Annual report of lunatic asylums [Bombay] - 1912-1922
Year: 1912
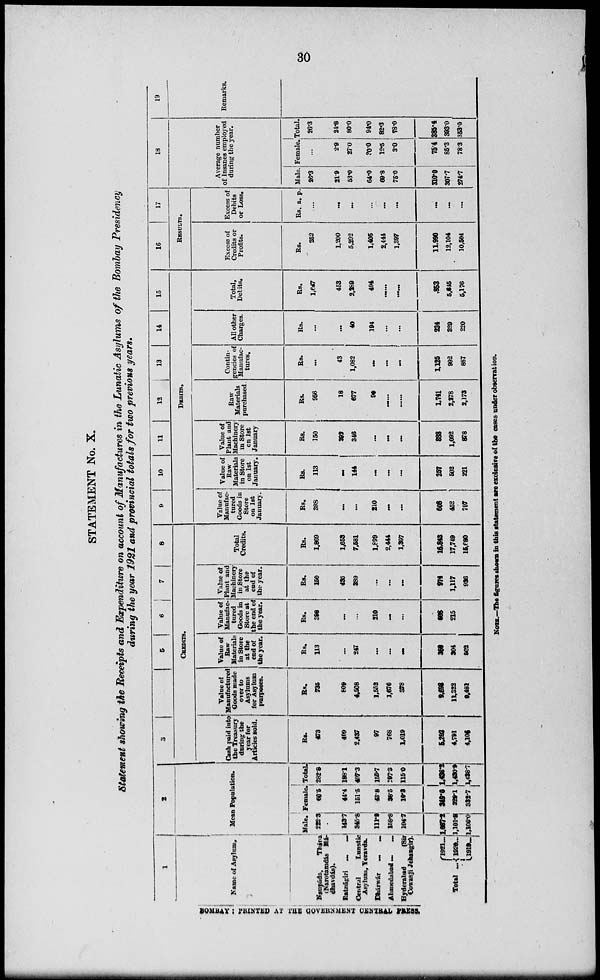
30
STATEMENT No. X.
Statement showing the Receipts and Expenditure on account of Manufactures in the Lunatic Asylums of the Bombay Presidency
during the year 1921 and provincial totals for two previous years.
1
Name of Asylum.
Naupáda,
Thána
(Narotamdás Má-
dhavdás).
Ratnágiri ... ...
Central
Lunatic
Asylum, Yeravda.
Dhárwár ... ...
Ahmedabad ... ...
Hyderabad
(Sir
Cowasji Jehangir).
Total ...
1921 ...
1920 ...
1919 ...
2
Mean Population.
Male.
222.3
143.7
345.8
111.9
158.8
104.7
1.687
1,101.9
1,106.0
Female.
60.5
44.4
151.5
43.8
38.5
10.2
349.0
329.1
332.7
Total.
282.8
188.1
497.3
155.7
197.3
115.0
1,436.2
1,430.9
1,438.7
3
5
6 7
8
CREDITS.
Cash paid into
the Treasury
during the
year for
Articles sold.
Rs.
473
409
2.437
97
768
1,019
5,203
4,791
4,106
Value of
Manufactured
Goods made
over to
Asylums
for Asylum
purposes.
Rs.
735
809
4,508
1,552
1,676
378
9,696
11,322
9,481
Value of
Raw
Materials
in Store
at the
end of
the year.
Rs.
113
...
247
...
...
...
368
304
502
Value of
Manufac-
tured
Goods in
Store at
the end of
the year.
Rs.
398
...
...
210
...
...
588
215
Value of
Plant and
Machinery
in Store
at the
end of
the year.
Rs.
150
435
389
...
...
...
974
1,117
936
Total
Credits.
Rs.
1,869
1,653
7,581
1,889
2,444
1,397
16,843
17,749
15,680
9
10
11
12
13
14
15
DEBITS.
Value of
Manufac-
tured
Goods in
Store
on 1st
January.
Rs.
398
...
...
210
...
...
608
452
797
Value of
Raw
Materials
in Store
on 1st
January.
Rs.
113
...
144
...
...
...
257
502
221
Value of
Plant and
Machinery
in Store
on 1st
January
Rs.
150
302
346
...
...
...
888
1,092
878
Raw
Materials
purchased.
Rs.
956
18
677
90
......
......
1,741
2,278
2,173
Contin-
gencies of
Manufac-
tures.
Rs.
...
43
1,082
...
...
...
1,125
992
887
All other
Charges.
Rs.
...
...
40
194
...
...
234
329
220
Total,
Debits.
Rs.
1,647
453
2,289
494
...
......
853
5,645
5,176
16
17
RESULTS.
Excess of
Credits or
Profits.
Rs.
252
1,200
5,292
1,405
2,444
1,397
11,990
12,104
10,504
Excess of
Debits
or Loss.
Rs. a. p.
...
...
...
...
...
...
...
...
...
18
Average number
of Insanes employed
during the year.
Male.
26.3
21.9
53.0
64.0
69.8
75.0
310.0
307.7
274.7
Female.
...
2.9
27.0
30.0
12.5
3.0
75.4
85.3
78.3
Total.
26.3
24.8
80.0
94.0
82.3
78.0
385.4
393.0
353.0
19
Remarks.
NOTE.—The figures shown in this statement are exclusive of the cases under observation.
BOMBAY : PRINTED AT THE GOVERNMENT CENTRAL PRESS.